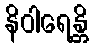
နိဝါရေန္တိ